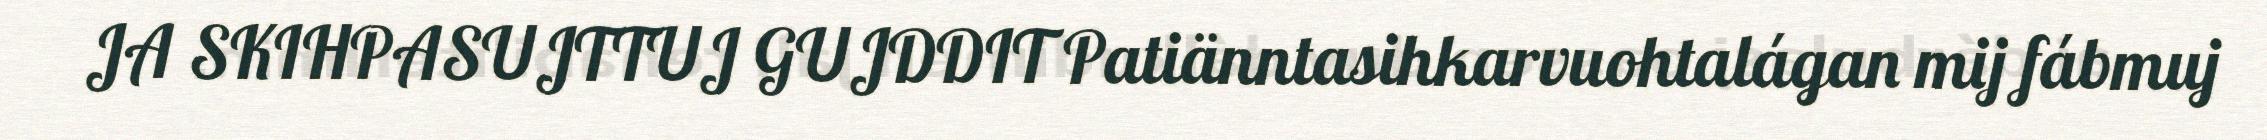
JA SKIHPASUJTTUJ GUJDDIT Patiänntasihkarvuohtalágan mij fábmuj